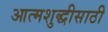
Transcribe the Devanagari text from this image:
आत्मशुद्धीसाठी